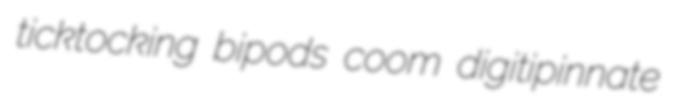
ticktocking bipods coom digitipinnate